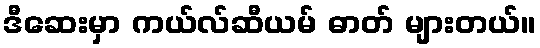
ဒီဆေးမှာ ကယ်လ်ဆီယမ် ဓာတ် များတယ်။